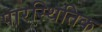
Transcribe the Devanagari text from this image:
पारस्थितिक